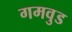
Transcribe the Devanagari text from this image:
गमवुड